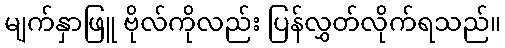
မျက်နှာဖြူ ဗိုလ်ကိုလည်း ပြန်လွှတ်လိုက်ရသည်။